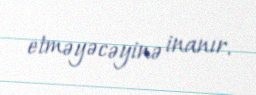
etməyəcəyinə inanır.